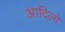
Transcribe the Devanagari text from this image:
आदिलों